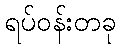
ရပ်ဝန်းတခု